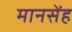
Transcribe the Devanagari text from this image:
मानसेंह